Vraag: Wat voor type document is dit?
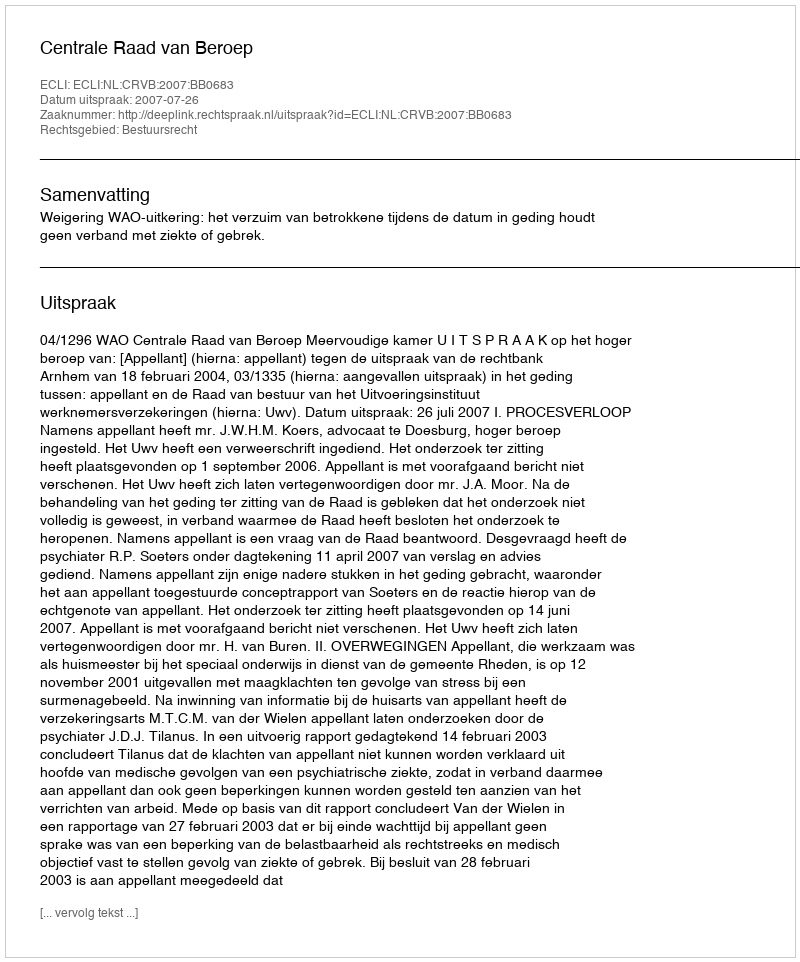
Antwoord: Uitspraak